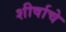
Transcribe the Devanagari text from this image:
शीर्षाचे